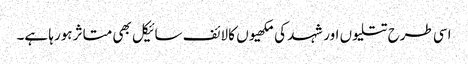
اسی طرح تتلیوں اور شہد کی مکھیوں کا لائف سائیکل بھی متاثر ہورہا ہے۔